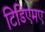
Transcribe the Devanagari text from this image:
टिडिएमए